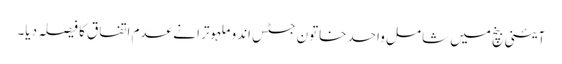
آئینی بنچ میں شامل واحد خاتون جسٹس اندو ملہوترا نے عدم اتفاق کا فیصلہ دیا۔